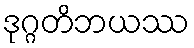
ဒုဂ္ဂတိဘယဿ